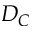
D _ { C }